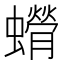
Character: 𫋥